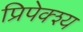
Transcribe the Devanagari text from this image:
प्रिपेक्श्य